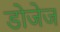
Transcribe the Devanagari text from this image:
डोजेज